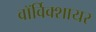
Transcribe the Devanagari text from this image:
वाॅर्विक्शायर